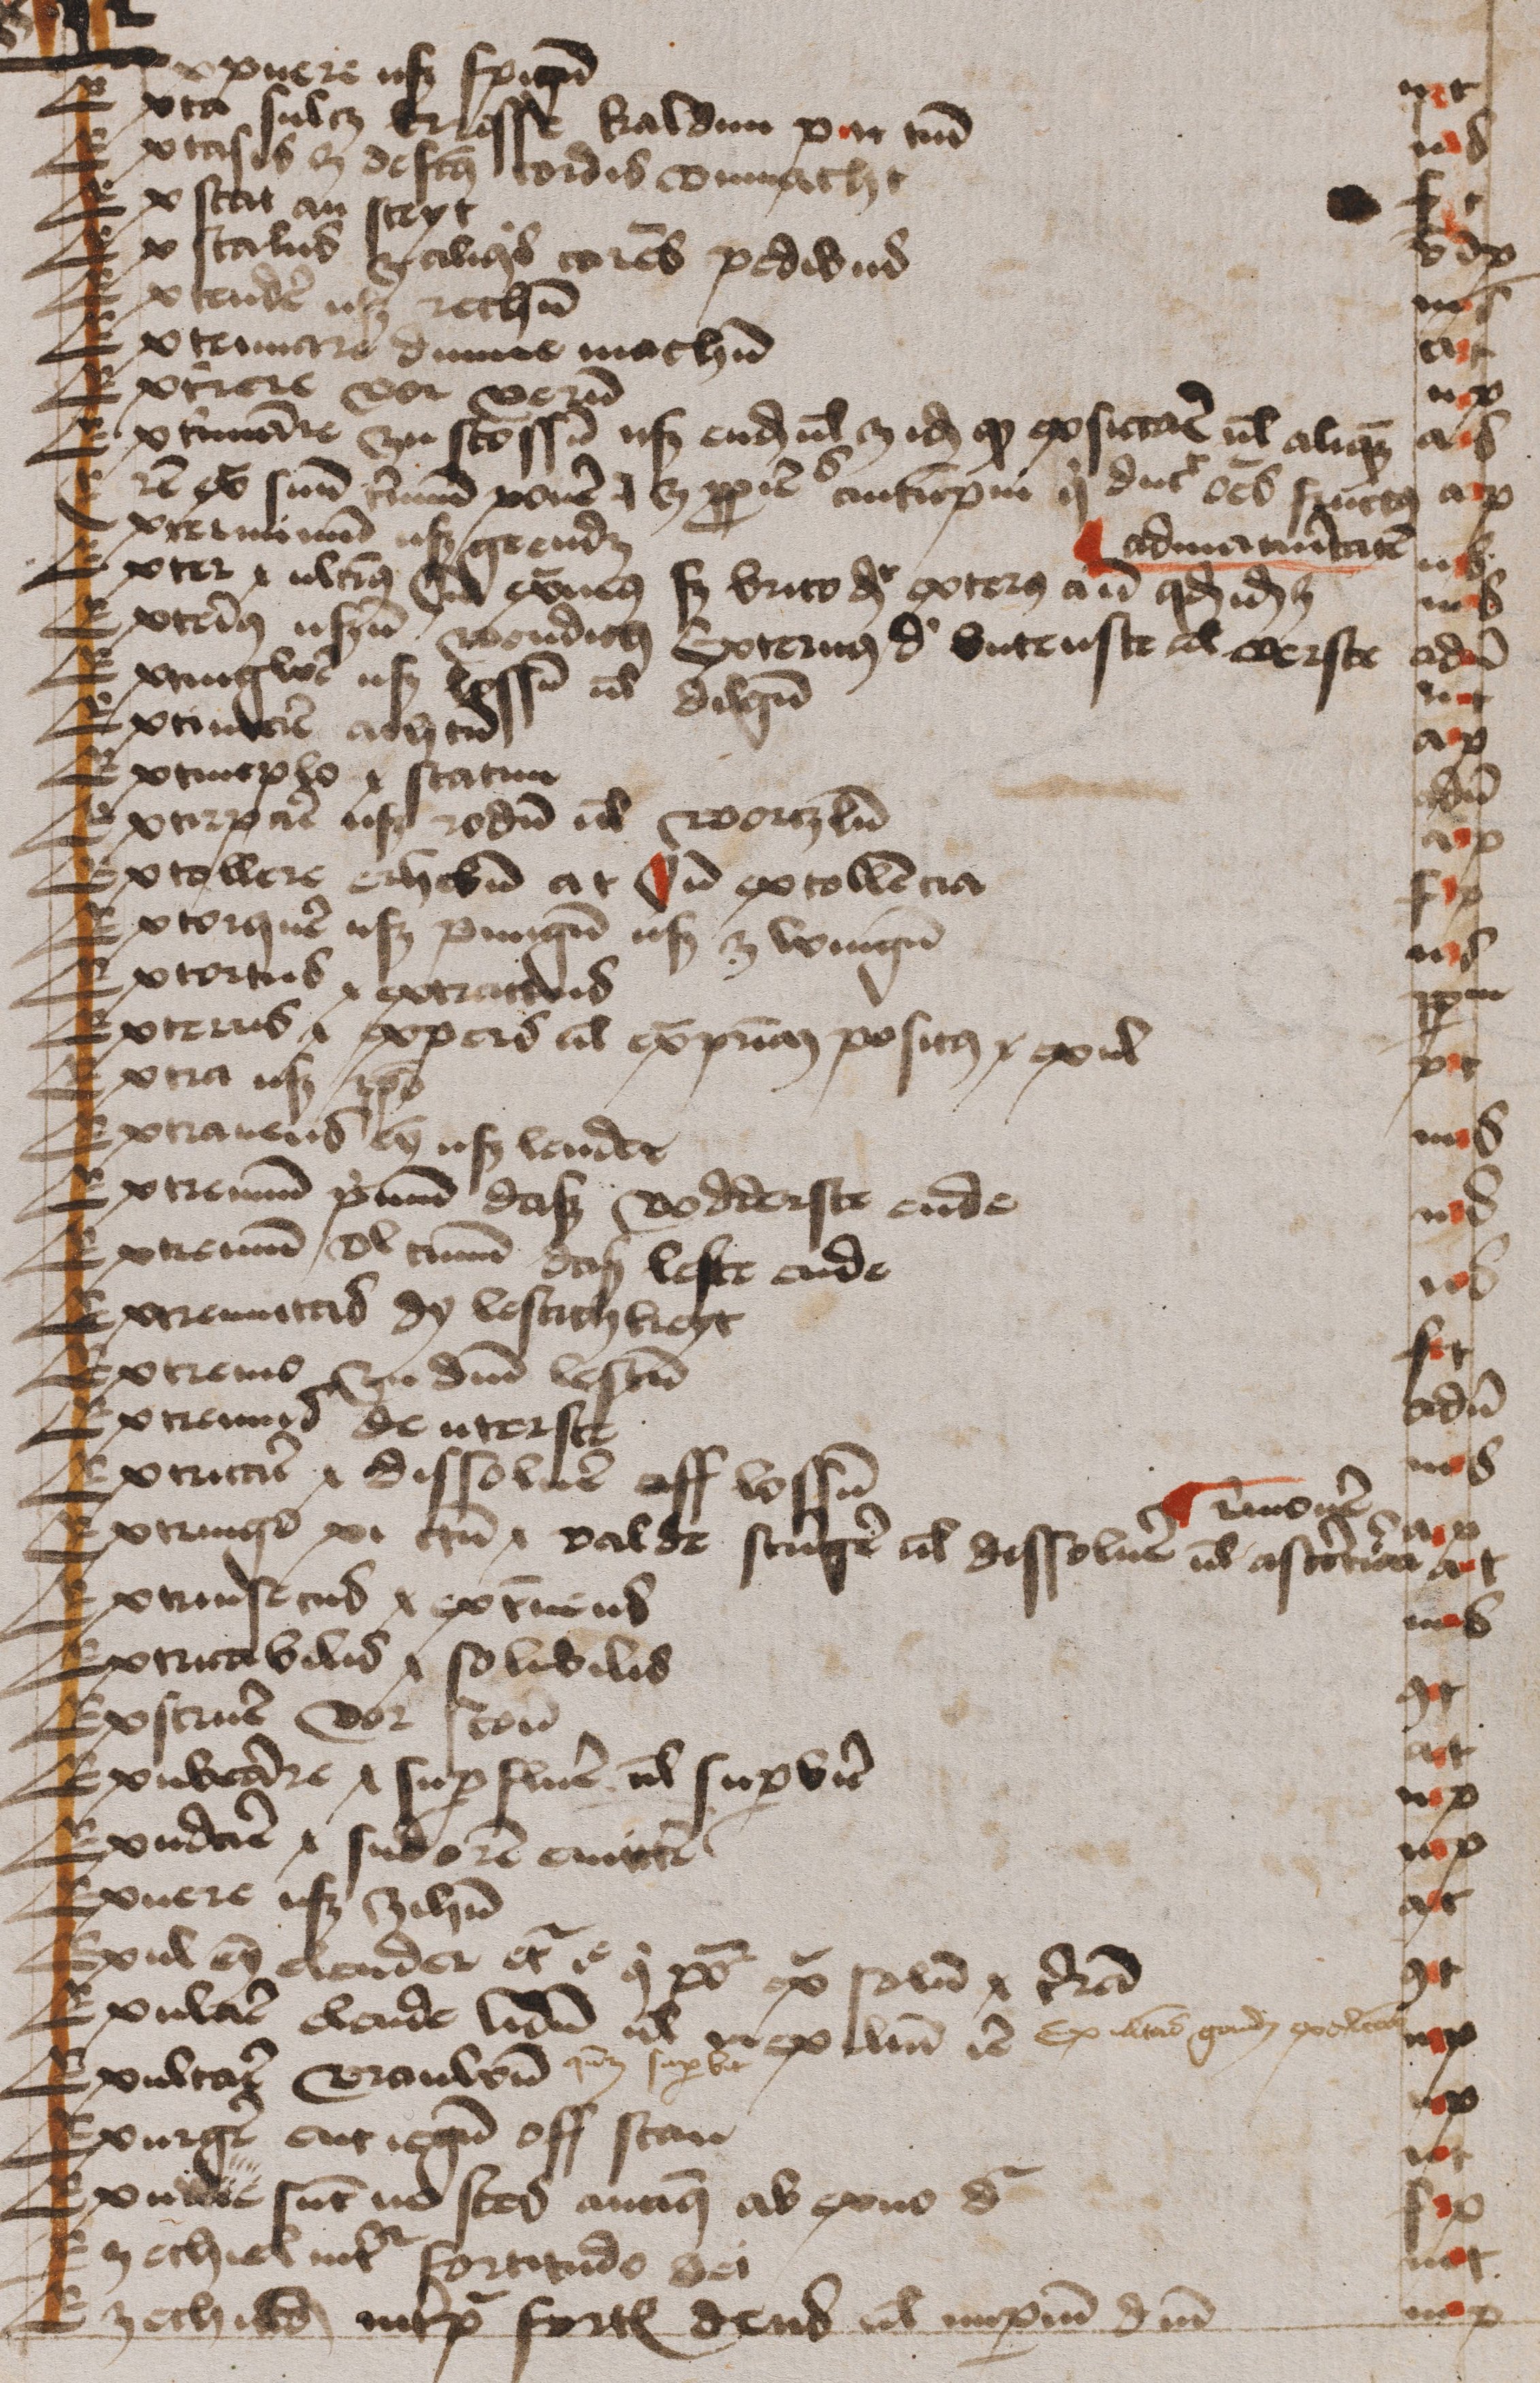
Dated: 1474–1474